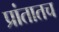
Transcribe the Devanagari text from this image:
प्रांतातच